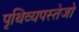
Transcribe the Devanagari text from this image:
पृथिव्यपस्तेजो